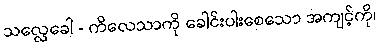
သလ္လေခေါ - ကိလေသာကို ခေါင်းပါးစေသော အကျင့်ကို၊